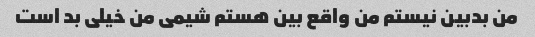
من بدبین نیستم من واقع بین هستم شیمی من خیلی بد است